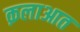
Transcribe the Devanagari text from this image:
क़लाआत